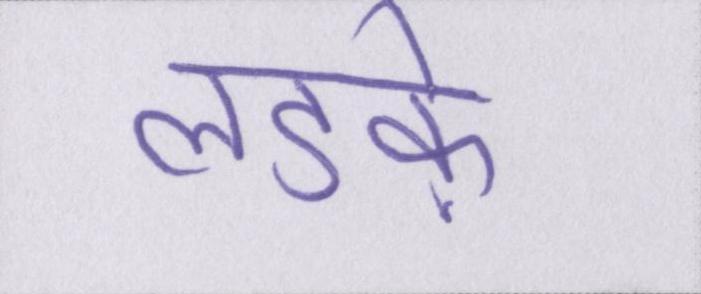
लडक़े